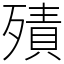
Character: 㱴